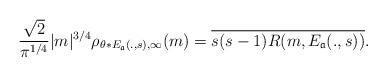
LaTeX: \begin{align*} \frac{\sqrt{2}}{\pi^{1/4}} |m|^{3/4} \rho_{\theta*E_{\mathfrak{a}}(.,s),\infty}(m)= \overline{s(s-1)R(m, E_{\mathfrak{a}}(.,s))}. \end{align*}